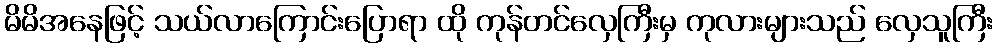
မိမိအနေဖြင့် သယ်လာကြောင်းပြောရာ ထို ကုန်တင်လှေကြီးမှ ကုလားများသည် လှေသူကြီး